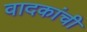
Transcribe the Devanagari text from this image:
वादकांची